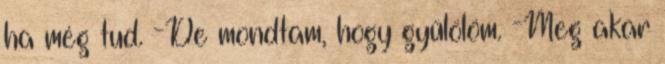
ha még tud. -De mondtam, hogy gyűlölöm. -Meg akar